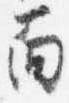
面